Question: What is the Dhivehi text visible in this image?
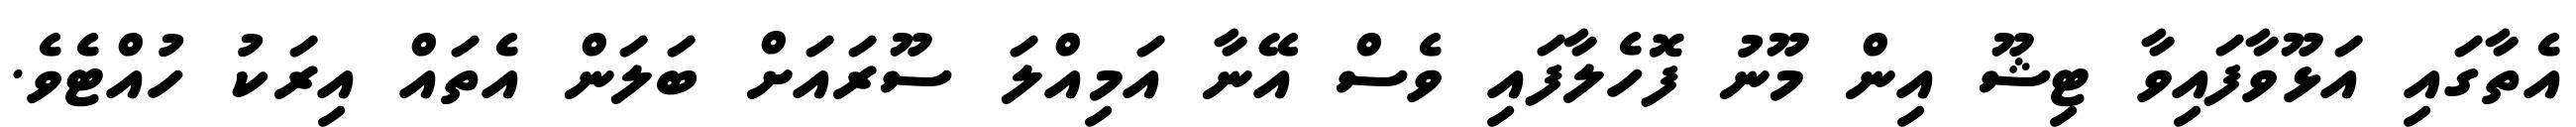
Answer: އެތާގައި އަޅޫވާފައިވާ ޓިޝޫ އިން މޫނު ފޮހެލާފައި ވެސް އޭނާ އަމިއްލަ ސޫރައަށް ބަލަން އެތައް އިރަކު ހުއްޓެވެ.